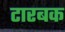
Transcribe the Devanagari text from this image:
टारबक